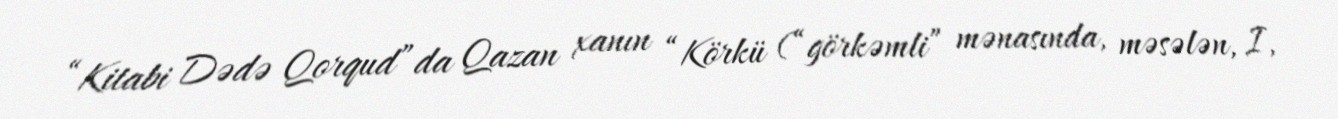
“Kitabi Dədə Qorqud”da Qazan xanın “Körkü (“görkəmli” mənasında, məsələn, I,